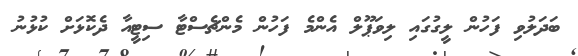
ބަދަލުވި ފަހުން ލީގުގައި ލިވަޕޫލް އެންމެ ފަހުން މެންޗެސްޓާ ސިޓީއާ ދެކޮޅަށް ކުޅުނު